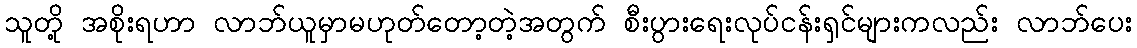
သူတို့ အစိုးရဟာ လာဘ်ယူမှာမဟုတ်တော့တဲ့အတွက် စီးပွားရေးလုပ်ငန်းရှင်များကလည်း လာဘ်ပေး